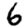
Digit: 6